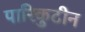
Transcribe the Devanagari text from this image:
पारिकुटीन